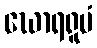
ဃောရရူပံ